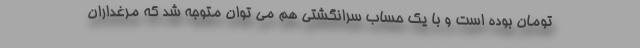
تومان بوده است و با یک حساب سرانگشتی هم می توان متوجه شد که مرغداران